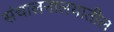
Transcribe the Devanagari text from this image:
संचालनालयातील